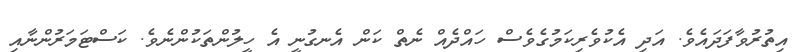
އިތުރުވާފަދައެވެ. އަދި އެކުވެރިކަމުގެވެސް ހައްދެއް ނެތް ކަން އެނގުނީ އެ ހީލުންތަކުންނެވެ. ކަސްޓަަމަރުންނާއި